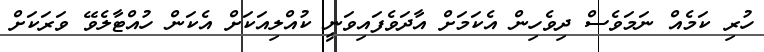
ހުރި ކަމެއް ނަމަވެސް ދިވެހިން އެކަމަށް އާދަވެފައިވަނީ ކުއްލިއަކަށް އެކަން ހުއްޓާލެވޭ ވަރަކަށް